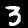
Label: 3